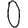
Digit: 0